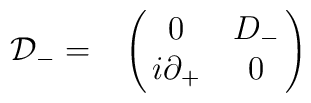
{\cal D}_{-} = \bordermatrix{     & {\ } & {\ }  \cr                             {\ } & 0 & D_{-} \cr                             {\ } & i\partial_{+} & 0 \cr}